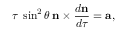
\tau \: \sin ^ { 2 } \theta \: { \bf n } \times \frac { d { \bf n } } { d \tau } = { \bf a } ,